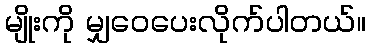
မျိုးကို မျှဝေပေးလိုက်ပါတယ်။